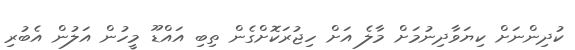
ކުދިންނަށް ކިޔަވާދިނުމަށް މާލެ އަށް ހިޖުރަކޮށްގެން ތިބި އައްޑޫ މީހުން އަލުން އެބުރި